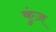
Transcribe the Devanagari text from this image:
कुंज़